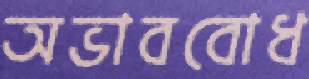
অভাববোধ